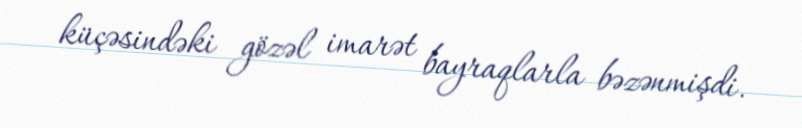
küçəsindəki gözəl imarət bayraqlarla bəzənmişdi.